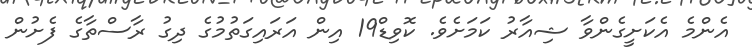
އެންމެ އެކަށީގެންވާ ޝިއާރު ކަމަށެވެ. ކޮވިޑް19 އިން އަރައިގަތުމުގެ ދިގު ރާސްތާގެ ފެށުން